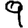
Digit: 9